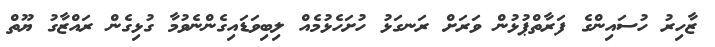
ޒާހިރު ހުސައިންގެ ފަރާތްޕުޅުން ވަރަށް ރަނގަޅު ހުށަހެޅުމެއް ލިބިވަޑައިގެންނެވުމާ ގުޅިގެން ރައްޒާގު ޔޫތް